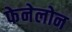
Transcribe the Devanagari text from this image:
फेनेलोन